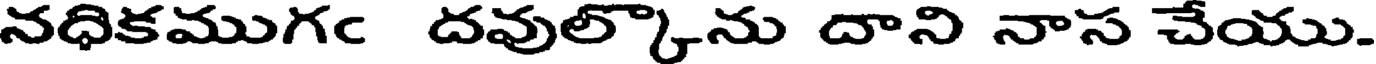
నధికముగc దవుల్కొను దాని నాస చేయు.